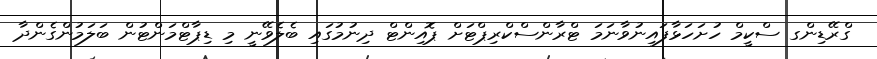
ގްރޭޑިންގ ސްކީމް ހުށަހަޅާފައިނުވާނަމަ ޓްރާންސްކްރިޕްޓަށް ޕޮއިންޓް ދިނުމުގައި ބެލެވޭނީ މި ޑިޕާޓްމަންޓުން ބަލަމުންގެންދާ